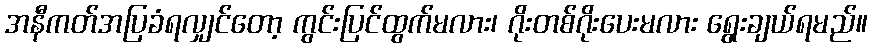
အနီကတ်အပြခံရလျှင်တော့ ကွင်းပြင်ထွက်မလား၊ ဂိုးတစ်ဂိုးပေးမလား ရွေးချယ်ရမည်။